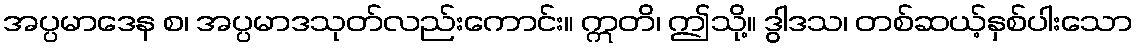
အပ္ပမာဒေန စ၊ အပ္ပမာဒသုတ်လည်းကောင်း။ ဣတိ၊ ဤသို့။ ဒွါဒသ၊ တစ်ဆယ့်နှစ်ပါးသော